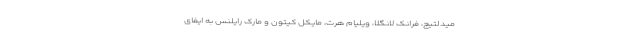
میدلتیچ، فرانک لانگلا، ویلیام هرت، مایکل کیتون و مارک رایلنس به ایفای